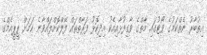
އިތުބާރު ނެތްކަމުގެ ވޯޓުގައި މާތްގެ ވާގިފުޅާއިއެކު އިދިކޮޅު ފަރާތްތައް ފޭލްކޮށްލައްވާނެ ކަމަށް ޕީޕީއެމްގެ